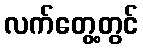
လက်တွေ့တွင်